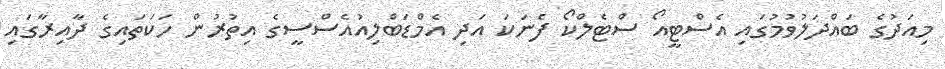
މިއަދުގެ ބައްދަލުވުމުގައި އެސްޓީއޯ ސްޓެލްކޯ ފެނަކަ އަދި އެމްޑަބްލިއުއެސްސީގެ އިތުރުން ހަކަތައިގެ ދާއިރާގައި